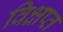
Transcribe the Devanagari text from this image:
विक्षप्त